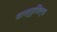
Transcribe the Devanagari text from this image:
वास्‍तुशिल्प